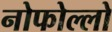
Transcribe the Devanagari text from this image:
नोफोल्लो